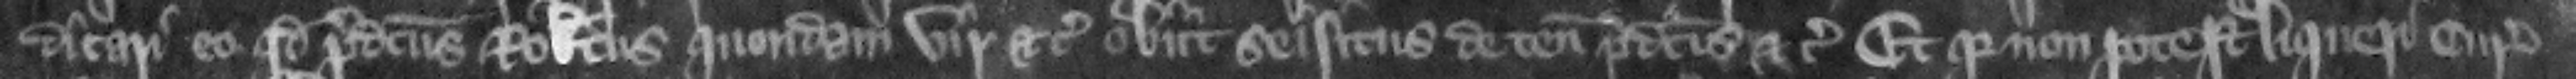
dicari o quod predictus Robertus quondam vir etc. obit seisitus de tenementis predictis etc. Et quia non potest liqueri curie